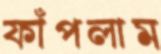
ফাঁপলাম